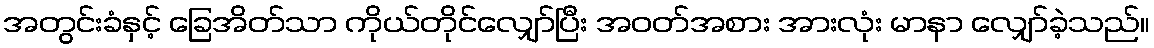
အတွင်းခံနှင့် ခြေအိတ်သာ ကိုယ်တိုင်လျှော်ပြီး အဝတ်အစား အားလုံး မာနာ လျှော်ခဲ့သည်။